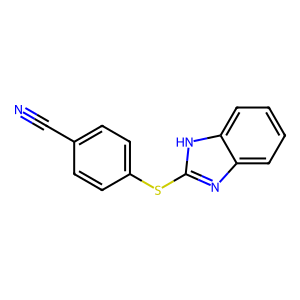
SMILES: N#Cc1ccc(Sc2nc3ccccc3[nH]2)cc1
Inhibits HIV replication: No